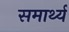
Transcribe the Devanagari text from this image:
समार्थ्य